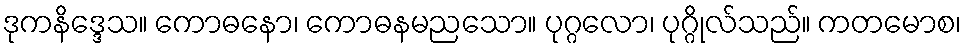
ဒုကနိဒ္ဒေသ။ ကောဓနော၊ ကောဓနမညသော။ ပုဂ္ဂလော၊ ပုဂ္ဂိုလ်သည်။ ကတမောစ၊